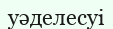
уәделесуі